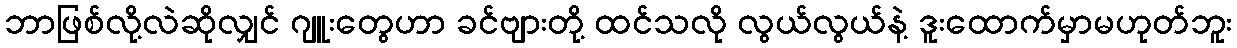
ဘာဖြစ်လို့လဲဆိုလျှင် ဂျူးတွေဟာ ခင်ဗျားတို့ ထင်သလို လွယ်လွယ်နဲ့ ဒူးထောက်မှာမဟုတ်ဘူး